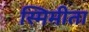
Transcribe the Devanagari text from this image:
स्मिमीता